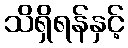
သိရှိရန်နှင့်